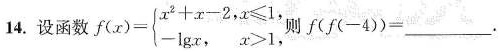
14.设函数f(x)=\left\{ \begin{matrix} x=2 \\ y=-1 \end{matrix} \right.则f(f(-4))=___.